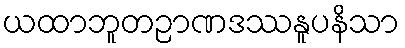
ယထာဘူတဉာဏဒဿနူပနိသာ